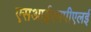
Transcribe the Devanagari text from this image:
एसआईएमपीएलई